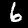
Label: 6